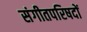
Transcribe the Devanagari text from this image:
संगीतपरिषदों